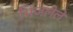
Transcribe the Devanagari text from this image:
भिजलेले